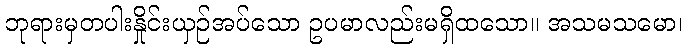
ဘုရားမှတပါးနှိုင်းယှဉ်အပ်သော ဥပမာလည်းမရှိထသော။ အသမသမော၊